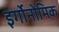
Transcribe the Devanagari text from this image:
इर्गोनोमिक